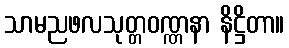
သာမညဖလသုတ္တဝဏ္ဏနာ နိဋ္ဌိတာ။